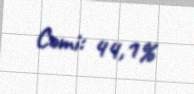
Cəmi: 44,1%